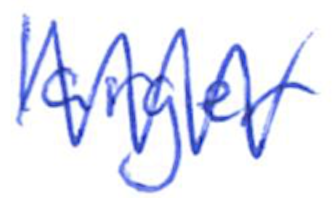
Text: larger
Cross-out: zig-zag
Writing tool: ballpoint